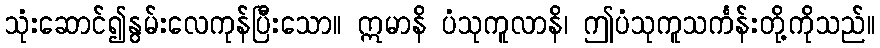
သုံးဆောင်၍နွမ်းလေကုန်ပြီးသော။ ဣမာနိ ပံသုကူလာနိ၊ ဤပံသုကူသင်္ကန်းတို့ကိုသည်။